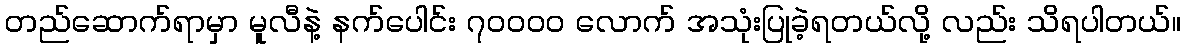
တည်ဆောက်ရာမှာ မူလီနဲ့ နက်ပေါင်း ၇၀၀၀၀ လောက် အသုံးပြုခဲ့ရတယ်လို့ လည်း သိရပါတယ်။